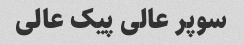
سوپر عالی پیک عالی